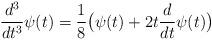
LaTeX: \begin{align*}\frac{d^3}{dt^3} \psi(t) =\frac{1}{8}\bigl(\psi(t)+2 t \frac{d}{dt}\psi(t)\bigr)\end{align*}